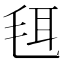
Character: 𣭞